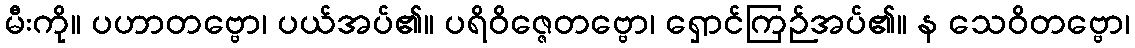
မီးကို။ ပဟာတဗ္ဗော၊ ပယ်အပ်၏။ ပရိဝိဇ္ဇေတဗ္ဗော၊ ရှောင်ကြဉ်အပ်၏။ န သေဝိတဗ္ဗော၊